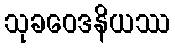
သုခဝေဒနိယဿ